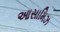
આસામિઝ